Annual statistical returns and brief notes on vaccination in Bengal - 1909-1929
Year: 1909
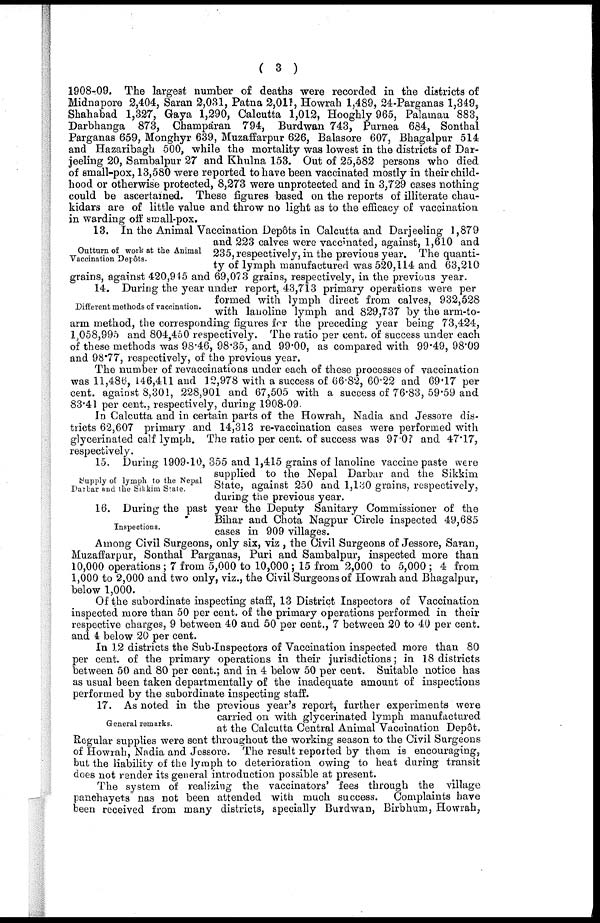
( 3 )
1908-09. The largest number of deaths were recorded in the districts of
Midnapore 2,404, Saran 2,031, Patna 2,011, Howrah 1,489, 24-Parganas 1,349,
Shahabad 1,327, Gaya 1,290, Calcutta 1,012, Hooghly 965, Palamau 883,
Darbhanga 873, Champaran 794, Burdwan 743, Purnea 684, Sonthal
Parganas 659, Monghyr 639, Muzaffarpur 626, Balasore 607, Bhagalpur 514
and Hazaribagh 500, while the mortality was lowest in the districts of Dar-
jeeling 20, Sambalpur 27 and Khulna 153. Out of 25,582 persons who died
of small-pox, 13,580 were reported to have been vaccinated mostly in their child-
hood or otherwise protected, 8,273 were unprotected and in 3,729 cases nothing
could be ascertained. These figures based on the reports of illiterate chau-
kidars are of little value and throw no light as to the efficacy of vaccination
in warding off small-pox.
Outturn of work at the Animal
Vaccination Depôts.
13. In the Animal Vaccination Depôts in Calcutta and Darjeeling 1,879
and 223 calves were vaccinated, against, 1,610 and
235, respectively, in the previous year. The quanti-
ty of lymph manufactured was 520,114 and 63,210
grains, against 420,945 and 69,073 grains, respectively, in the previous year.
Different methods of vaccination.
14. During the year under report. 43,713 primary operations were per
formed with lymph direct from calves, 932,528
with lanoline lymph and 829,737 by the arm-to-
arm method, the corresponding figures for the preceding year being 73,424,
1,058,995 and 804,450 respectively. The ratio per cent. of success under each
of these methods was 98.46, 98.35, and 99.00, as compared with 99.49, 98.09
and 98.77, respectively, of the previous year.
The number of revaccinations under each of these processes of vaccination
was 11,486, 146,411 and 12,978 with a success of 66.82, 60.22 and 69.17 per
cent. against 8,301, 228,901 and 67,505 with a success of 76.83, 59.59 and
83.41 per cent., respectively, during 1908-09.
In Calcutta and in certain parts of the Howrah, Nadia and Jessore dis-
tricts 62,607 primary and 14,313 re-vaccination cases were performed with
glycerinated calf lymph. The ratio per cent. of success was 97.07 and 47.17,
respectively.
Supply of lymph to the Nepal
Durbar and the Sikkim State.
15. During 1909-10, 355 and 1,415 grains of lanoline vaccine paste were
supplied to the Nepal Darbar and the Sikkim
State, against 250 and 1,130 grains, respectively,
during the previous year.
Inspections.
16. During the past year the Deputy Sanitary Commissioner of the
Bihar and Chota Nagpur Circle inspected 49,685
cases in 909 villages.
Among Civil Surgeons, only six, viz. , the Civil Surgeons of Jessore, Saran,
Muzaffarpur, Sonthal Parganas, Puri and Sambalpur, inspected more than
10,000 operations; 7 from 5,000 to 10,000; 15 from 2,000 to 5,000 ; 4 from
1,000 to 2,000 and two only, viz., the Civil Surgeons of Howrah and Bhagalpur,
below 1,000.
Of the subordinate inspecting staff, 13 District Inspectors of Vaccination
inspected more than 50 per cent. of the primary operations performed in their
respective charges, 9 between 40 and 50 per cent., 7 between 20 to 40 per cent.
and 4 below 20 per cent.
In 12 districts the Sub-Inspectors of Vaccination inspected more than 80
per cent. of the primary operations in their jurisdictions; in 18 districts
between 50 and 80 per cent.; and in 4 below 50 per cent. Suitable notice has
as usual been taken departmentally of the inadequate amount of inspections
performed by the subordinate inspecting staff.
General remarks.
17. As noted in the previous year's report, further experiments were
carried on with glycerinated lymph manufactured
at the Calcutta Central Animal Vaccination Depôt.
Regular supplies were sent throughout the working season to the Civil Surgeons
of Howrah, Nadia and Jessore. The result reported by them is encouraging,
but the liability of the lymph to deterioration owing to heat during transit
does not render its general introduction possible at present.
The system of realizing the vaccinators' fees through the village
panchayets has not been attended with much success. Complaints have
been received from many districts, specially Burdwan, Birbhum, Howrah,